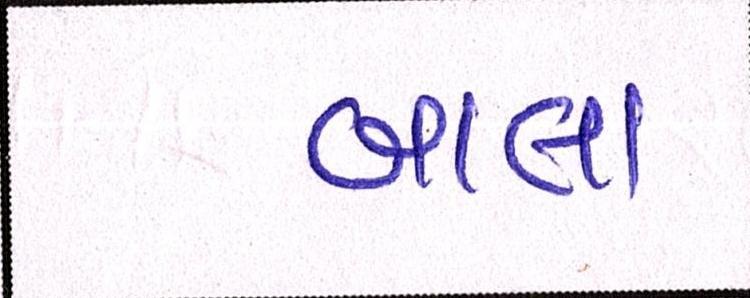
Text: બાલા